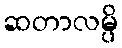
ဆတာလမ္ပိ